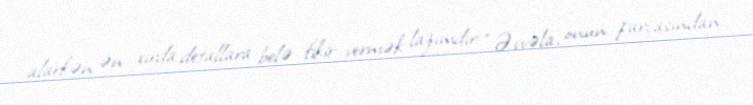
alarkən ən xırda detallara belə fikir vermək lazımdır: “Əvvəla, onun parçasından